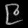
Digit: ၉